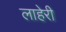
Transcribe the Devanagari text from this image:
लाहेरी